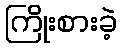
ကြိုးစားခဲ့